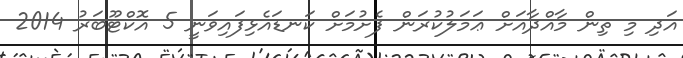
އަދި މި ތިން މާއްދާއަށް ޢަމަލުކުރަން ފެށުމަށް ކަނޑައެޅިފައިވަނީ 5 އޮކްޓޫބަރު 2014